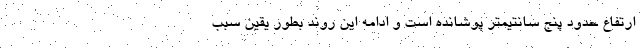
ارتفاع حدود پنج سانتیمتر پوشانده است و ادامه این روند بطور یقین سبب